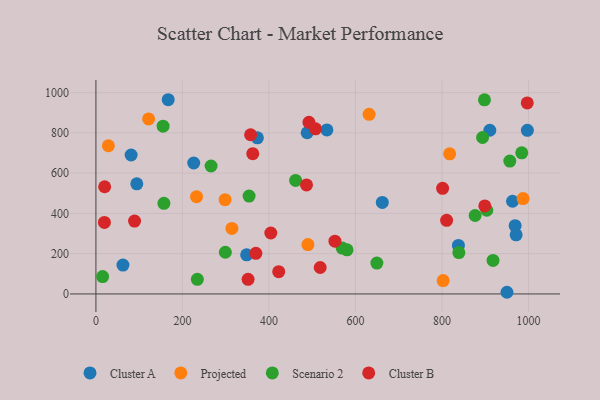
{"axis": {"x": "Study Hours", "y": "Sales"}, "legend": ["Cluster A", "Cluster B", "Projected", "Scenario 2"], "data": [{"x": "81.4", "y": 690.0, "type": "Cluster A"}, {"x": "373.3", "y": 775.4, "type": "Cluster A"}, {"x": "62.5", "y": 143.6, "type": "Cluster A"}, {"x": "950.3", "y": 8.3, "type": "Cluster A"}, {"x": "94.5", "y": 546.9, "type": "Cluster A"}, {"x": "910.7", "y": 813.0, "type": "Cluster A"}, {"x": "971.5", "y": 293.6, "type": "Cluster A"}, {"x": "997.5", "y": 812.8, "type": "Cluster A"}, {"x": "969.2", "y": 338.9, "type": "Cluster A"}, {"x": "488.4", "y": 800.6, "type": "Cluster A"}, {"x": "167.1", "y": 964.6, "type": "Cluster A"}, {"x": "534.0", "y": 814.5, "type": "Cluster A"}, {"x": "226.1", "y": 650.3, "type": "Cluster A"}, {"x": "838.1", "y": 240.9, "type": "Cluster A"}, {"x": "348.5", "y": 194.2, "type": "Cluster A"}, {"x": "662.1", "y": 454.3, "type": "Cluster A"}, {"x": "963.2", "y": 460.4, "type": "Cluster A"}, {"x": "298.6", "y": 468.4, "type": "Projected"}, {"x": "987.6", "y": 473.9, "type": "Projected"}, {"x": "314.4", "y": 325.3, "type": "Projected"}, {"x": "802.8", "y": 66.2, "type": "Projected"}, {"x": "631.6", "y": 892.3, "type": "Projected"}, {"x": "28.8", "y": 735.9, "type": "Projected"}, {"x": "232.6", "y": 482.9, "type": "Projected"}, {"x": "121.8", "y": 869.1, "type": "Projected"}, {"x": "490.1", "y": 245.3, "type": "Projected"}, {"x": "817.8", "y": 695.8, "type": "Projected"}, {"x": "876.7", "y": 389.7, "type": "Scenario 2"}, {"x": "266.2", "y": 635.4, "type": "Scenario 2"}, {"x": "15.5", "y": 86.1, "type": "Scenario 2"}, {"x": "918.1", "y": 166.4, "type": "Scenario 2"}, {"x": "956.9", "y": 659.8, "type": "Scenario 2"}, {"x": "461.7", "y": 563.7, "type": "Scenario 2"}, {"x": "354.1", "y": 486.2, "type": "Scenario 2"}, {"x": "984.5", "y": 701.0, "type": "Scenario 2"}, {"x": "155.3", "y": 833.0, "type": "Scenario 2"}, {"x": "580.6", "y": 219.1, "type": "Scenario 2"}, {"x": "898.3", "y": 964.3, "type": "Scenario 2"}, {"x": "299.2", "y": 207.2, "type": "Scenario 2"}, {"x": "569.3", "y": 228.0, "type": "Scenario 2"}, {"x": "903.7", "y": 415.8, "type": "Scenario 2"}, {"x": "157.2", "y": 450.3, "type": "Scenario 2"}, {"x": "839.1", "y": 205.7, "type": "Scenario 2"}, {"x": "893.9", "y": 777.0, "type": "Scenario 2"}, {"x": "649.5", "y": 153.3, "type": "Scenario 2"}, {"x": "234.5", "y": 72.8, "type": "Scenario 2"}, {"x": "997.2", "y": 948.7, "type": "Cluster B"}, {"x": "492.5", "y": 852.4, "type": "Cluster B"}, {"x": "19.6", "y": 355.0, "type": "Cluster B"}, {"x": "351.8", "y": 72.7, "type": "Cluster B"}, {"x": "20.2", "y": 532.5, "type": "Cluster B"}, {"x": "357.6", "y": 790.7, "type": "Cluster B"}, {"x": "899.1", "y": 437.4, "type": "Cluster B"}, {"x": "89.3", "y": 362.1, "type": "Cluster B"}, {"x": "422.6", "y": 110.7, "type": "Cluster B"}, {"x": "362.6", "y": 696.7, "type": "Cluster B"}, {"x": "404.3", "y": 302.6, "type": "Cluster B"}, {"x": "518.5", "y": 131.3, "type": "Cluster B"}, {"x": "552.6", "y": 261.9, "type": "Cluster B"}, {"x": "369.8", "y": 201.8, "type": "Cluster B"}, {"x": "507.6", "y": 820.2, "type": "Cluster B"}, {"x": "486.9", "y": 541.5, "type": "Cluster B"}, {"x": "801.5", "y": 524.8, "type": "Cluster B"}, {"x": "810.8", "y": 365.8, "type": "Cluster B"}]}